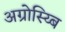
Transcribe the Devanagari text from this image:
अग्रोस्य्बि